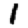
Digit: 1